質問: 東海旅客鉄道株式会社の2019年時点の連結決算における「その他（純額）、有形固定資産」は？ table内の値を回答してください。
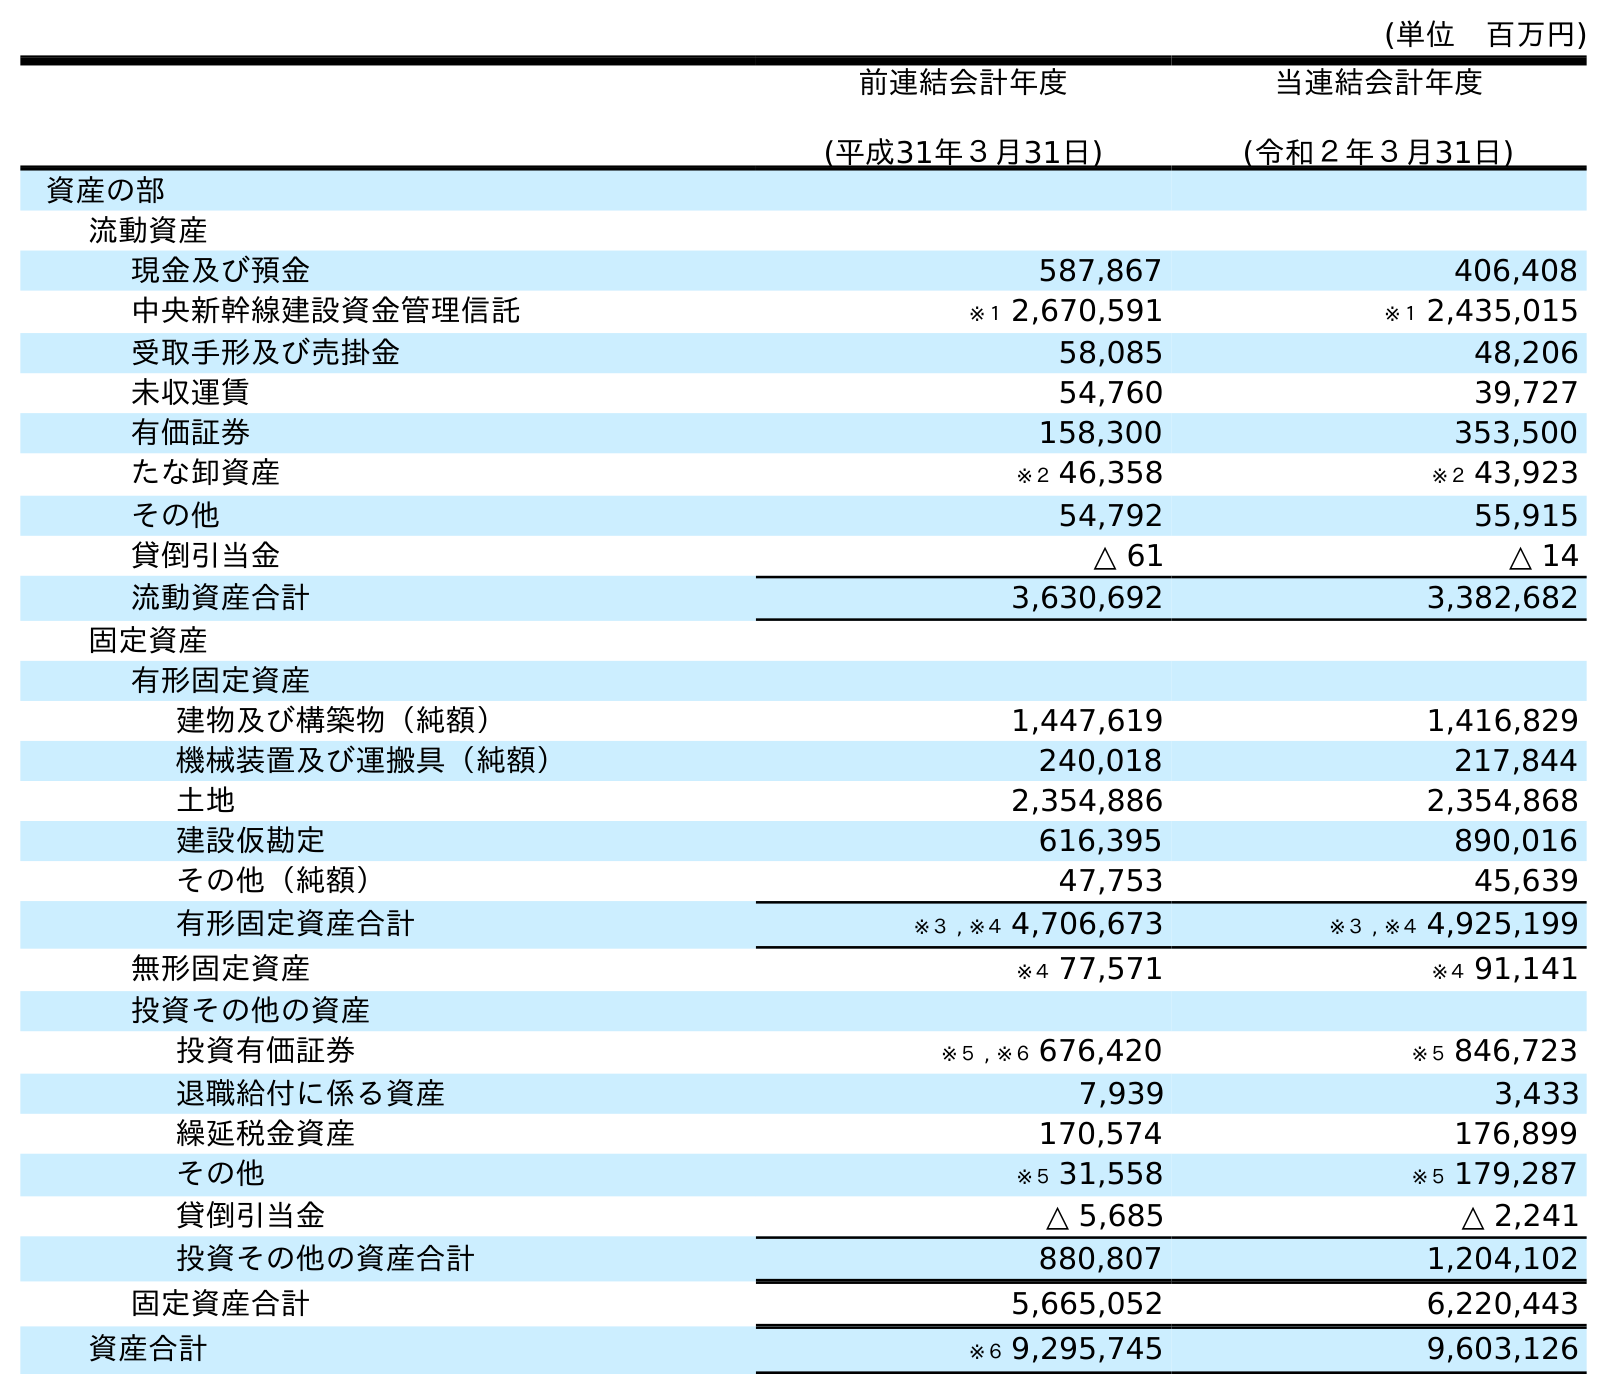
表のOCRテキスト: (単位 百万円) 前連結会計年度 (平成31年３月31日) 当連結会計年度 (令和２年３月31日) 資産の部 流動資産 現金及び預金 587,867 406,408 中央新幹線建設資金管理信託 ※１ 2,670,591 ※１ 2,435,015 受取手形及び売掛金 58,085 48,206 未収運賃 54,760 39,727 有価証券 158,300 353,500 たな卸資産 ※２ 46,358 ※２ 43,923 その他 54,792 55,915 貸倒引当金 △ 61 △ 14 流動資産合計 3,630,692 3,382,682 固定資産 有形固定資産 建物及び構築物（純額） 1,447,619 1,416,829 機械装置及び運搬具（純額） 240,018 217,844 土地 2,354,886 2,354,868 建設仮勘定 616,395 890,016 その他（純額） 47,753 45,639 有形固定資産合計 ※３ , ※４ 4,706,673 ※３ , ※４ 4,925,199 無形固定資産 ※４ 77,571 ※４ 91,141 投資その他の資産 投資有価証券 ※５ , ※６ 676,420 ※５ 846,723 退職給付に係る資産 7,939 3,433 繰延税金資産 170,574 176,899 その他 ※５ 31,558 ※５ 179,287 貸倒引当金 △ 5,685 △ 2,241 投資その他の資産合計 880,807 1,204,102 固定資産合計 5,665,052 6,220,443 資産合計 ※６ 9,295,745 9,603,126
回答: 47,753